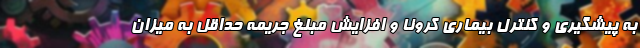
به پیشگیری و کنترل بیماری کرونا و افزایش مبلغ جریمه حداقل به میزان